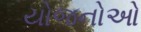
યોજનોઓ